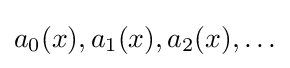
{\textstyle a_{0}(x),a_{1}(x),a_{2}(x),\dots }